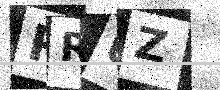
Text: PRUZ